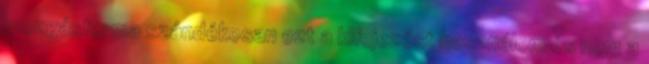
mozgásforma szándékosan ezt a kifejezést használom és nem a